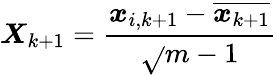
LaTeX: \boldsymbol{\mathit{X}}_{k+1}=\frac{{\boldsymbol{x}_{i,k+1}-\overline{{{\boldsymbol{x}_{k+1}}}}}}{{\sqrt{}{{m-1}}}}